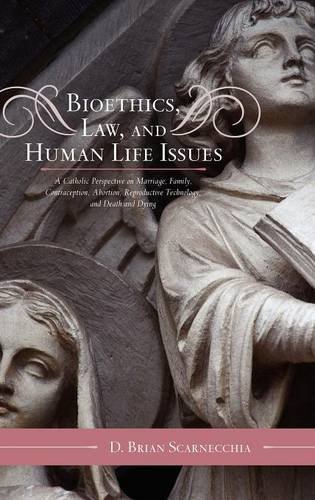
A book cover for Bioethics, Law, and Human Life Issues: A Catholic Perspective on Marriage, Family, Contraception, Abortion, Reproductive Technology, and Death and Dying (Catholic Social Thought); D. Brian Scarnecchia; Law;